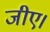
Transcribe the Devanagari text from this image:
जीए।